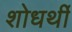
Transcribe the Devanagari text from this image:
शोधर्थी